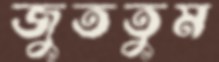
জুততুম